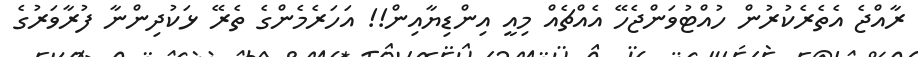
ރާއްޖެ އެތެރެކުރުން ހުއްޓުވަންޖެހޭ އެއްޗެއް މިއީ އިންޑިޔާއިން!! އަހަރެމެންގެ ތެރޭ ޅަކުދިންނާ ފުރާވަރުގެ